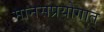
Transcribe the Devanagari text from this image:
मानसप्रयोगात